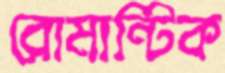
রোমান্টিক